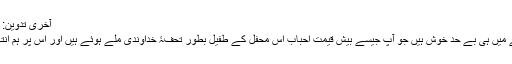
آخری تدوین: ‏جولائی 9, 2019
مجھ جیسے تو اتنے میں ہی بے حد خوش ہیں جو آپ جیسے بیش قیمت احباب اس محفل کے طفیل بطور تحفۂِ خداوندی ملے ہوئے ہیں اور اس پر ہم انتہائی شُکرگزار ہیں۔